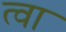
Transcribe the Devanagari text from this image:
त्‍वा